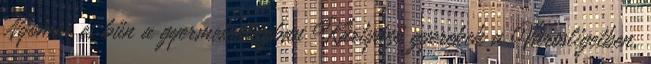
Nyomor és bűn a gyermekvilágban Kártyázó gyerekek a Városligetben,